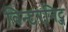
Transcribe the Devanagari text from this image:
विन्टरनिट्ज